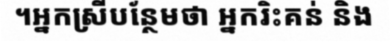
។អ្នកស្រីបន្ថែមថា អ្នករិះគន់ និង